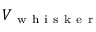
V _ { \mathrm { ~ w ~ h ~ i ~ s ~ k ~ e ~ r ~ } }